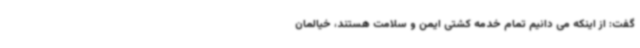
گفت: از اینکه می دانیم تمام خدمه کشتی ایمن و سلامت هستند، خیالمان